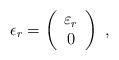
LaTeX: \begin{align*}\epsilon_r = \left( \begin{array}{c} \varepsilon_r \\ 0 \end{array} \right) \ , \end{align*}